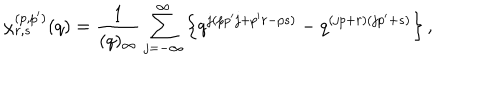
\chi _ { r , s } ^ { ( p , p ^ { \prime } ) } ( q ) = \frac { 1 } { ( q ) _ { \infty } } \sum _ { j = - \infty } ^ { \infty } \left\{ q ^ { j ( p p ^ { \prime } j + p ^ { \prime } r - p s ) } - q ^ { ( j p + r ) ( j p ^ { \prime } + s ) } \right\} ,